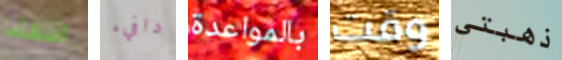
انتقلنا دافيء بالمواعدة وقت ذهبتي